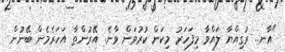
"އާނ.. ރުގިއްޔާ ލައްވާ މިފަހަރު މިކަން ކުރުވަން ވާނެ. އޭރުންތާ އަހަރެމެން ބޭނުން